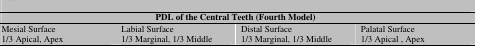
| <COLSPAN=4> PDL of the Central Teeth (Fourth Model) |
 | --- | --- | --- | --- |
 | Mesial Surface | Labial Surface | Distal Surface | Palatal Surface |
 | 1/3 Apical, Apex | 1/3 Marginal, 1/3 Middle | 1/3 Marginal, 1/3 Middle | 1/3 Apical , Apex |